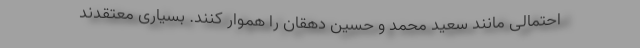
احتمالی مانند سعید محمد و حسین دهقان را هموار کنند. بسیاری معتقدند